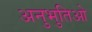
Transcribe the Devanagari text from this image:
अनुभुतिओ